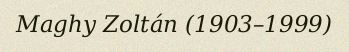
Maghy Zoltán (1903–1999)